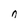
Character: n